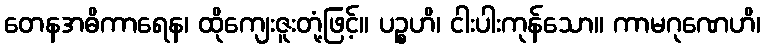
တေနအဓိကာရေန၊ ထိုကျေးဇူးတုံ့ဖြင့်။ ပဉ္စဟိ၊ ငါးပါးကုန်သော။ ကာမဂုဏေဟိ၊